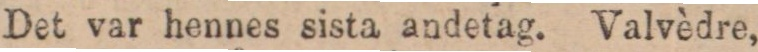
Det var hennes sista andetag. Valvèdre,